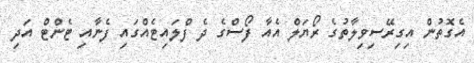
އެގޮތުން އިގިރޭސިވިލާތުގެ ރޯޔަލް އެއާ ފޯސްގެ ދެ ފްލައިޓެއްގައި ފެނާއި ޓެންޓް އަދި